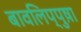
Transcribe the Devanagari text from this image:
बावलिप्पुष़ा